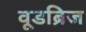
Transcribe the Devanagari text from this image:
वूडब्रिज